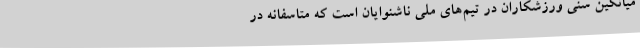
میانگین سنی ورزشکاران در تیم‌های ملی ناشنوایان است که متاسفانه در